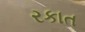
રકાત